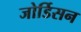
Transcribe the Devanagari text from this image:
जोर्डिसन